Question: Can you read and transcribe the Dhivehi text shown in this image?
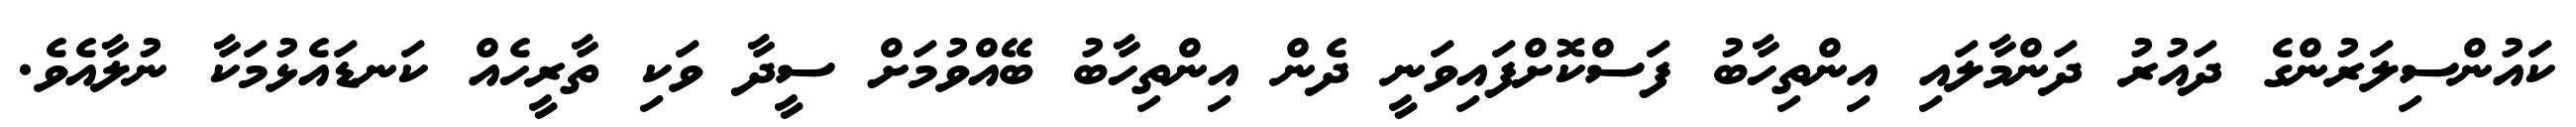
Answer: ކައުންސިލަރުންގެ ދައުރު ދަންމާލައި އިންތިހާބު ފަސްކޮށްފައިވަނީ ދެން އިންތިހާބު ބޭއްވުމަށް ސީދާ ވަކި ތާރީހެއް ކަނޑައެޅުމަކާ ނުލާއެވެ.